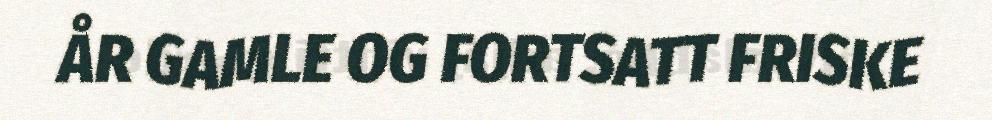
ÅR GAMLE OG FORTSATT FRISKE